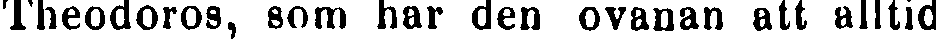
Theodoros, som har den ovanan att alltid